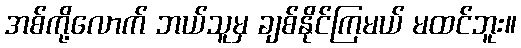
အစ်ကို့လောက် ဘယ်သူမှ ချစ်နိုင်ကြမယ် မထင်ဘူး။